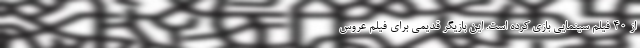
از ۴۰‌ فیلم سینمایی بازی کرده است. این بازیگر قدیمی برای فیلم عروس